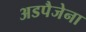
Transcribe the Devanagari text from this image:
अडपैजेना